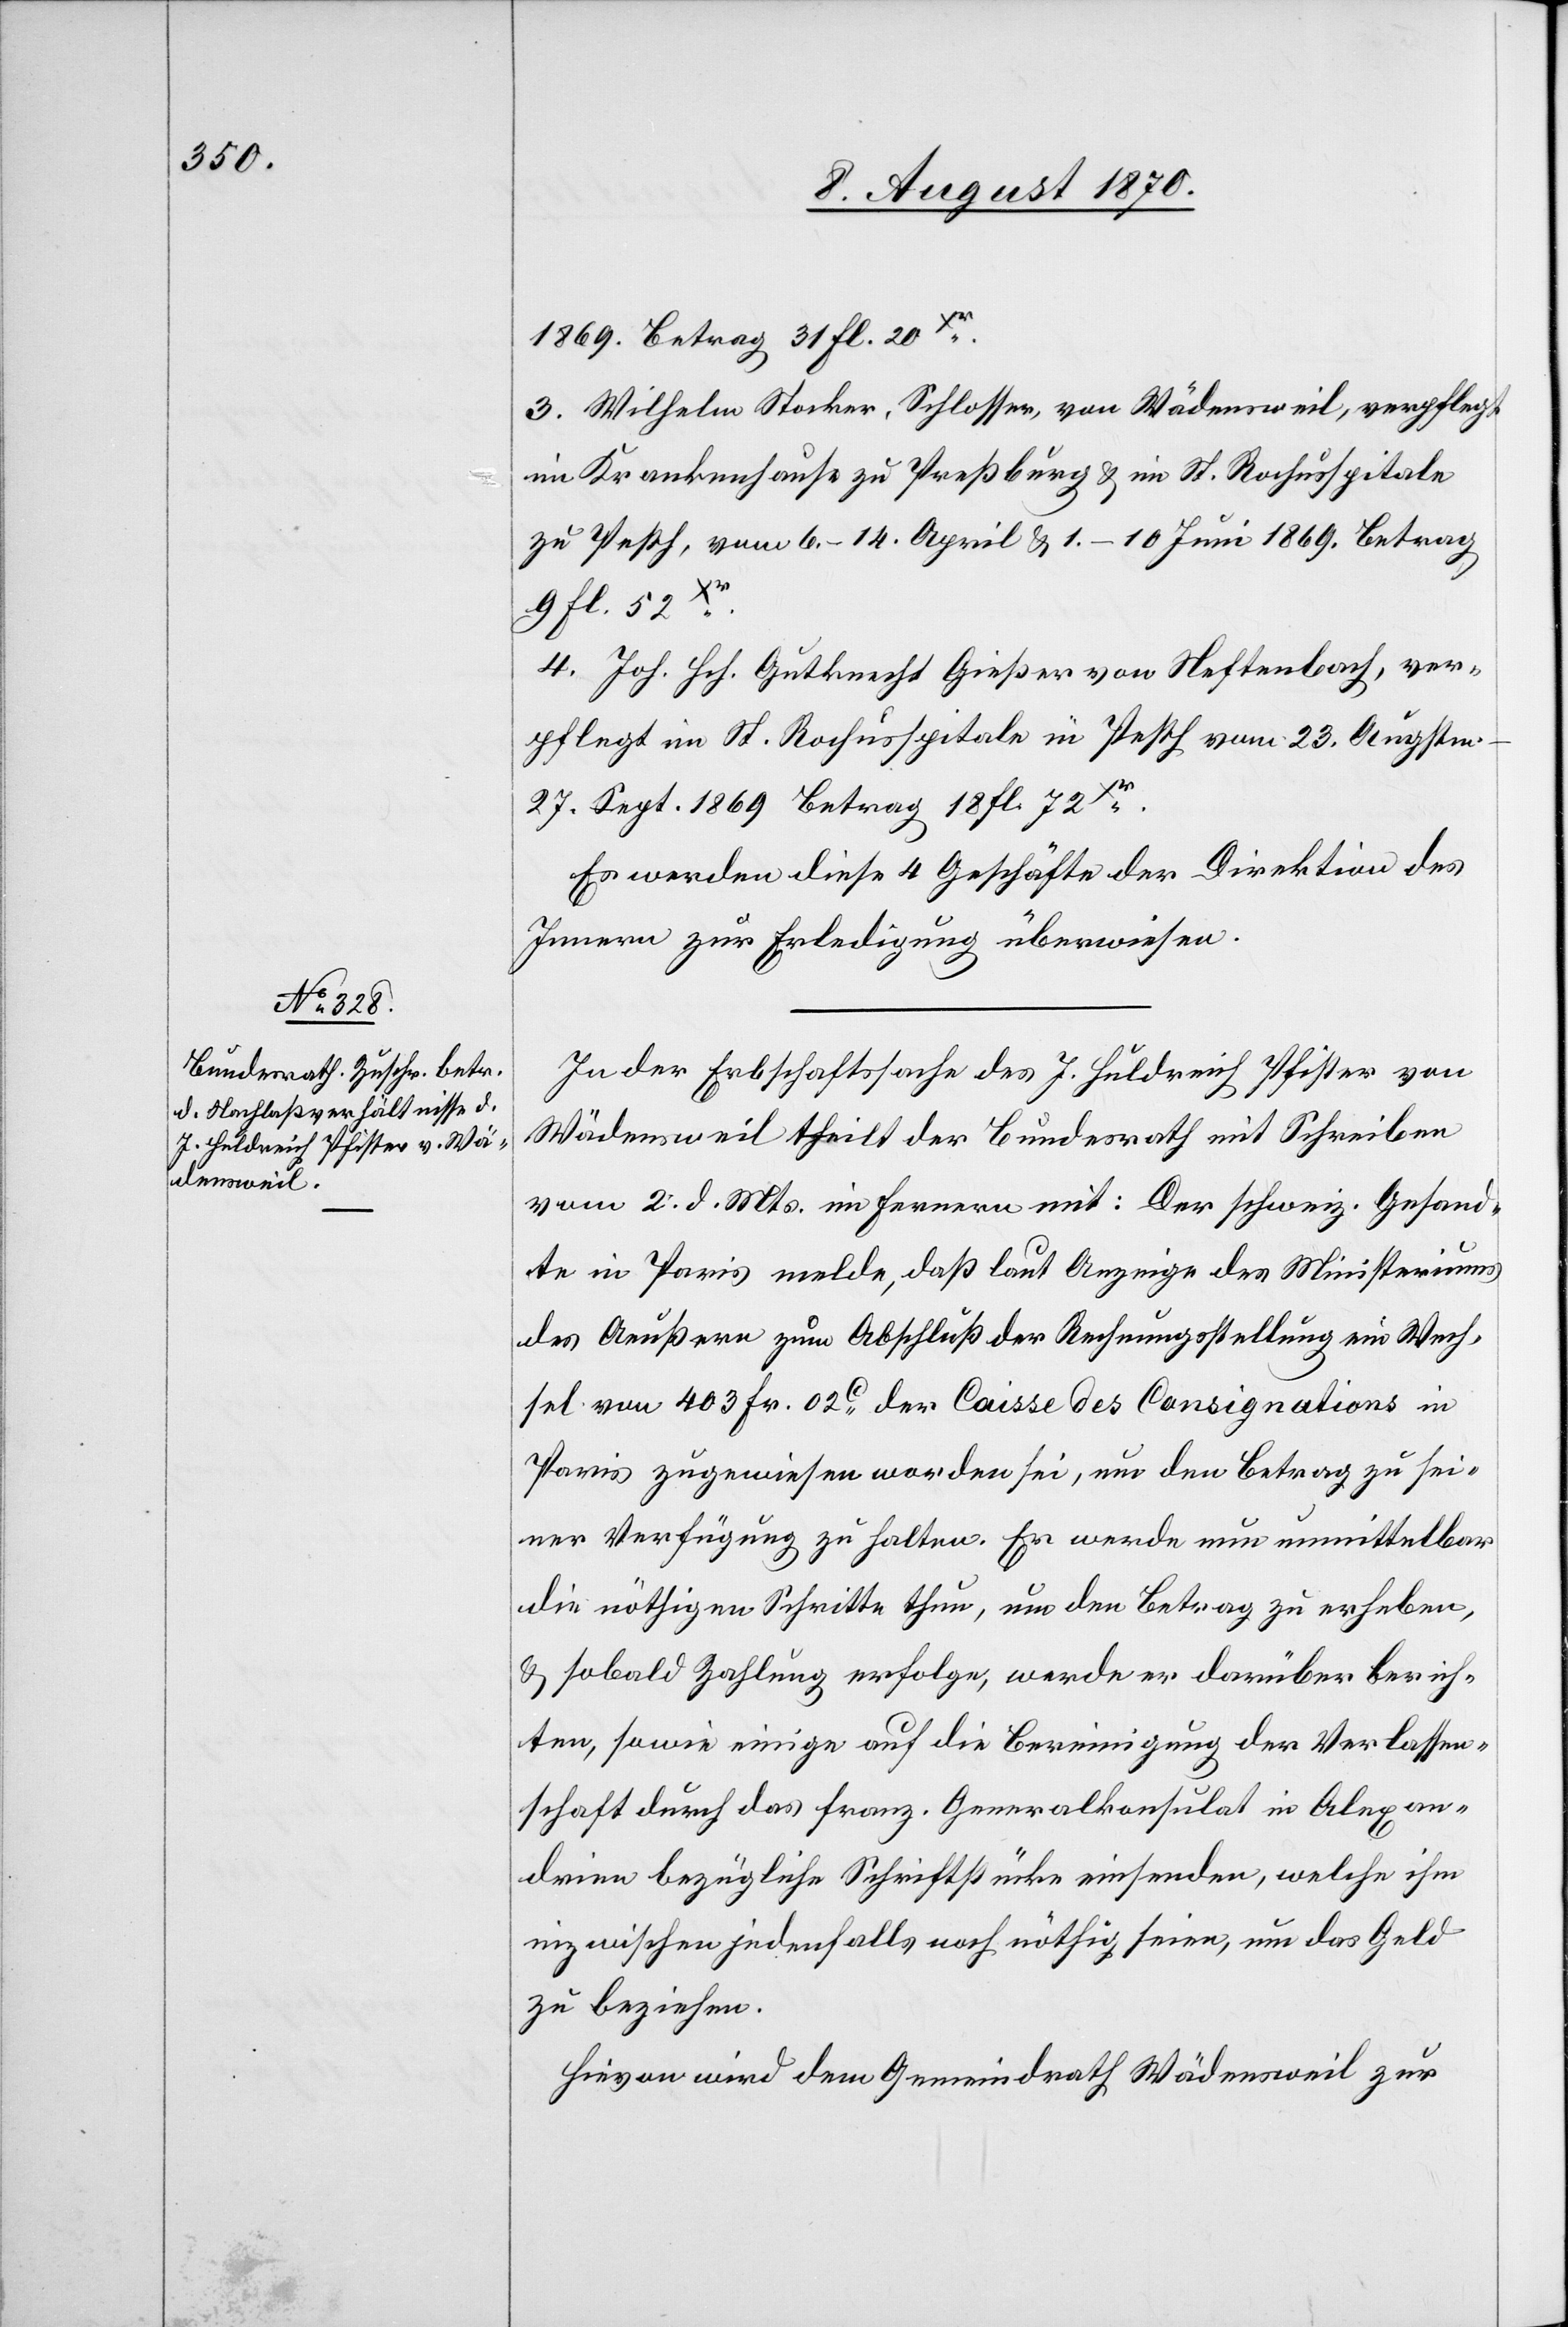
8. August 1870.]
1869. Betrag 31 fl. 20xer.
3. Wilhelm Stocker, Schlosser, von Wädensweil, verpflegt
im Krankenhause zu Preßburg & im St. Rochusspitale
zu Pesth, vom 6.–14. April & 1.–10. Juni 1869. Betrag
9 fl. 52xer.
4. Joh. Hch. Gutknecht Gießer von Neftenbach, ver¬
pflegt im St. Rochusspitale in Pesth vom 23. Augst¬
m.–27. Sept. 1869 Betrag 18 fl. 72xer.
Es werden diese 4 Geschäfte der Direktion des
Innern zur Erledigung überwiesen.
In der Erbschaftssache des J. Huldreich Pfister von
Wädensweil theilt der Bundesrath mit Schreiben
vom 2. d. Mts. im Fernern mit: Der schweiz. Gesand¬
te in Paris melde, daß laut Anzeige des Ministeriums
des Aeußern zum Abschluß der Rechnungsstellung ein Wech¬
sel 403 Fr. 02c der Caisse des Consignations in
Paris zurückgewiesen worden sei, um den Betrag zu sei¬
ner Verfügung zu halten. Er werde nun unmittelbar
die nöthigen Schritte thun, um den Betrag zu erheben,
& sobald Zahlung erfolge, werde er darüber berich¬
ten, sowie einige auf die Bereinigung der Verlassen¬
schaft durch das franz. Generalkonsulat in Alexan¬
drien bezügliche Schriftstücke einsenden, welche ihm
inzwischen jedenfalls noch nöthig seien, um das Geld
zu beziehen.
Hievon wird dem Gemeindrath Wädensweil zur